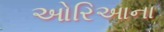
ઓરિઆના